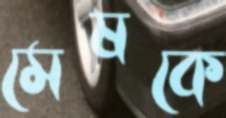
মেষকে